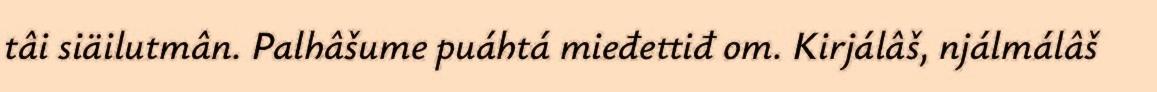
tâi siäilutmân. Palhâšume puáhtá mieđettiđ om. Kirjálâš, njálmálâš